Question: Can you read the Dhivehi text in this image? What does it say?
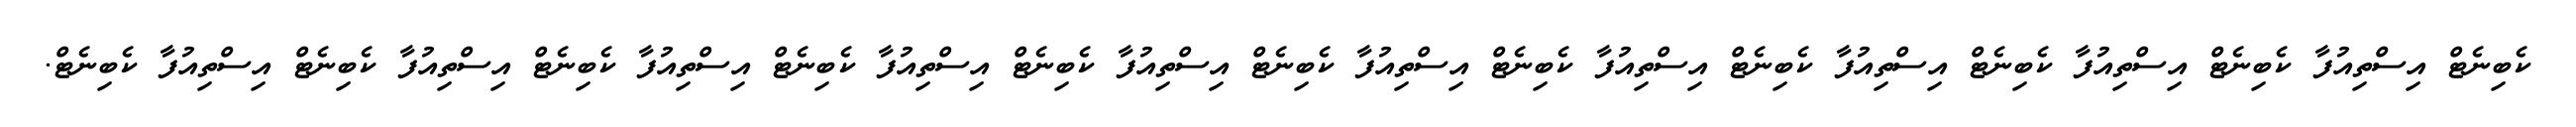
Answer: ކެބިނެޓް އިސްތިއުފާ ކެބިނެޓް އިސްތިއުފާ ކެބިނެޓް އިސްތިއުފާ ކެބިނެޓް އިސްތިއުފާ ކެބިނެޓް އިސްތިއުފާ ކެބިނެޓް އިސްތިއުފާ ކެބިނެޓް އިސްތިއުފާ ކެބިނެޓް އިސްތިއުފާ ކެބިނެޓް އިސްތިއުފާ ކެބިނެޓް އިސްތިއުފާ ކެބިނެޓް.